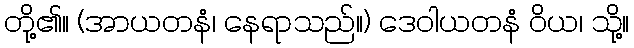
တို့၏။ (အာယတနံ၊ နေရာသည်။) ဒေဝါယတနံ ဝိယ၊ သို့။